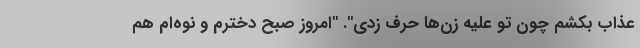
عذاب بکشم چون تو علیه زن‌ها حرف زدی". "امروز صبح دخترم و نوه‌ام هم